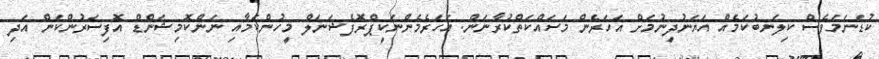
ކުޑަނަމަވެސް ކިލަނބުކަމެއް އަޔަނުދިނުމަށް އަހަރެން މަސައްކަތްކުރާނަން. އަހަރެމެންނަކީޕްރޮފެޝަނަލް މީހުންކަމާއި ނަންކޮމިޝަންޑް އޮފިސަރުންކަން އަދި